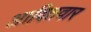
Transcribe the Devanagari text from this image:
आदितवार